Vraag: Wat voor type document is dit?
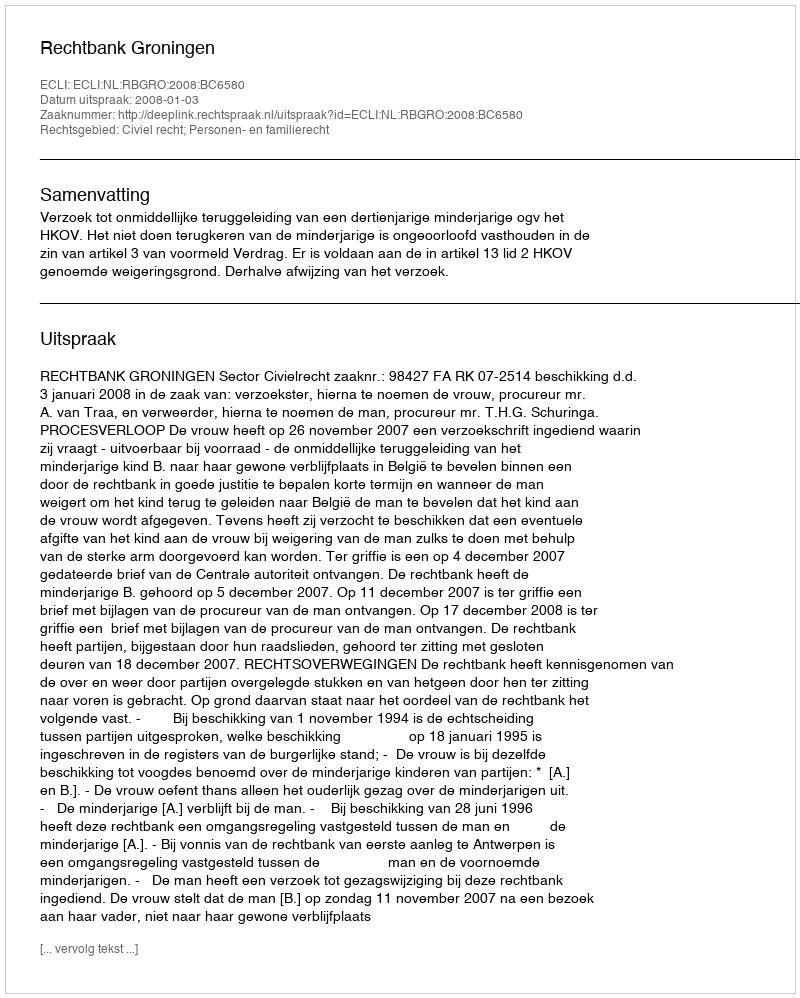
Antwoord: Uitspraak